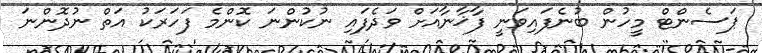
ޕަސެންޓް މީހުން ބުނެފައިވަނީ ފާޚާނާއަށް ވަދެފައި ނުކުންނަ ކޮންމެ ފަހަރަކު އަތް ނުދޮންނަ